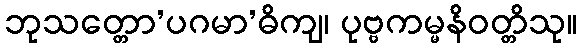
ဘုသတ္တော’ပဂမာ’ဓိကျ၊ ပုဗ္ဗကမ္မနိဝတ္တိသု။